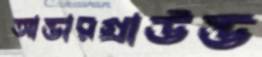
আন্ডারগ্রাউন্ড